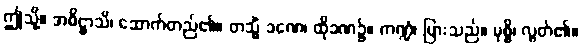
ဤသို့။ အဓိဋ္ဌာသိ၊ ဆောက်တည်၏။ တသ္မိံ ခဏေ၊ ထိုခဏ၌။ ကဏ္ဍံ၊ မြားသည်။ မုစ္စိ၊ လွတ်၏။